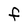
Character: F